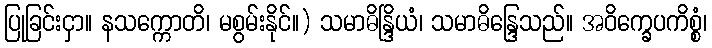
ပြုခြင်းငှာ။ နသက္ကောတိ၊ မစွမ်းနိုင်။) သမာဓိန္ဒြိယံ၊ သမာဓိန္ဒြေသည်။ အဝိက္ခေပကိစ္စံ၊